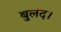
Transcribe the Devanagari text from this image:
बुलंद।